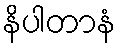
နိပါတာနံ